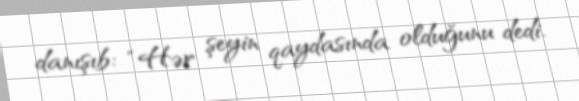
danışıb: “Hər şeyin qaydasında olduğunu dedi.